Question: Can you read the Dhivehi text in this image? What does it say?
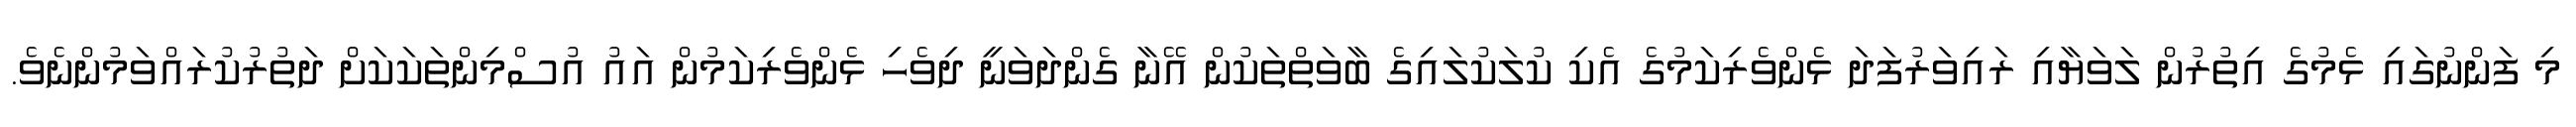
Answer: މި ފަންނުގައި ޅެމުގެ އިތުރުން ލަވަޔާއި ރައިވަރުފަދަ ޅެންވެރިކަމުގެ އެކި ކުލަކުލައިގެ ބާވަތްތަކުން އޭނާ ގެންދަވަނީ ދިވެހި ޅެންވެރިކަމުން އައު އުސްމިންތަކަކަށް ދަތުރުކުރައްވަމުންނެވެ.